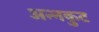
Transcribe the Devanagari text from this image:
अन्नकुट